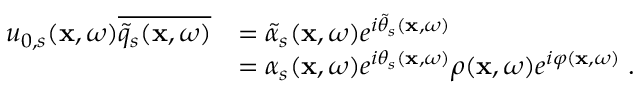
\begin{array} { r l } { u _ { 0 , s } ( \mathbf { x } , \omega ) \overline { { \widetilde { q } _ { s } ( \mathbf { x } , \omega ) } } } & { = \widetilde { \alpha } _ { s } ( \mathbf { x } , \omega ) e ^ { i \widetilde { \theta } _ { s } ( \mathbf { x } , \omega ) } } \\ & { = \alpha _ { s } ( \mathbf { x } , \omega ) e ^ { i \theta _ { s } ( \mathbf { x } , \omega ) } \rho ( \mathbf { x } , \omega ) e ^ { i \varphi ( \mathbf { x } , \omega ) } \; . } \end{array}